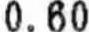
0.60